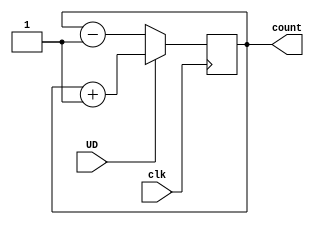
module CounterUD(count,UD,clk);

input UD,clk;
output reg [7:0]count;

initial
count=0;

always@(negedge clk)
begin

if(UD==1)
count=count+1;
else
count=count-1;


end

endmodule